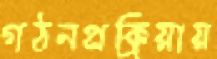
গঠনপ্রক্রিয়ায়